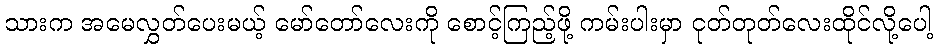
သားက အမေလွှတ်ပေးမယ့် မော်တော်လေးကို စောင့်ကြည့်ဖို့ ကမ်းပါးမှာ ငုတ်တုတ်လေးထိုင်လို့ပေါ့